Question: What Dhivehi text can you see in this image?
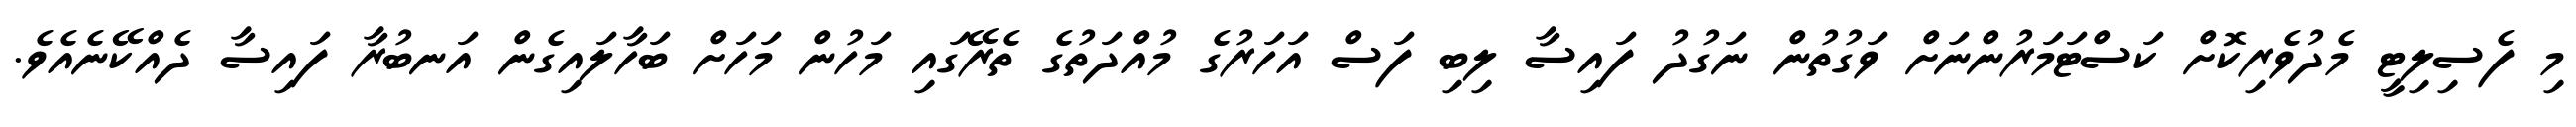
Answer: މި ފެސިލިޓީ މެދުވެރިކޮށް ކަސްޓަމަރުންނަށް ވަގުތުން ނަގުދު ފައިސާ ލިބި ފަސް އަހަރުގެ މުއްދަތުގެ ތެރޭގައި މަހުން މަހަށް ބަހާލައިގެން އަނބުރާ ފައިސާ ދެއްކޭނެއެވެ.